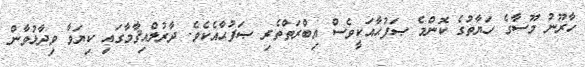
ހާރޫނު މޫސާގެ ހަޔާތުގެ ކޮންމެ ޞަފުޙާއަކީވެސް އިބްރަތްތެރި ޞަފުޙާއެކެވެ. ދާރުލްއިޤާމާގައި ކިޔަވާ ވިދާޅުވާން